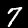
Label: 7